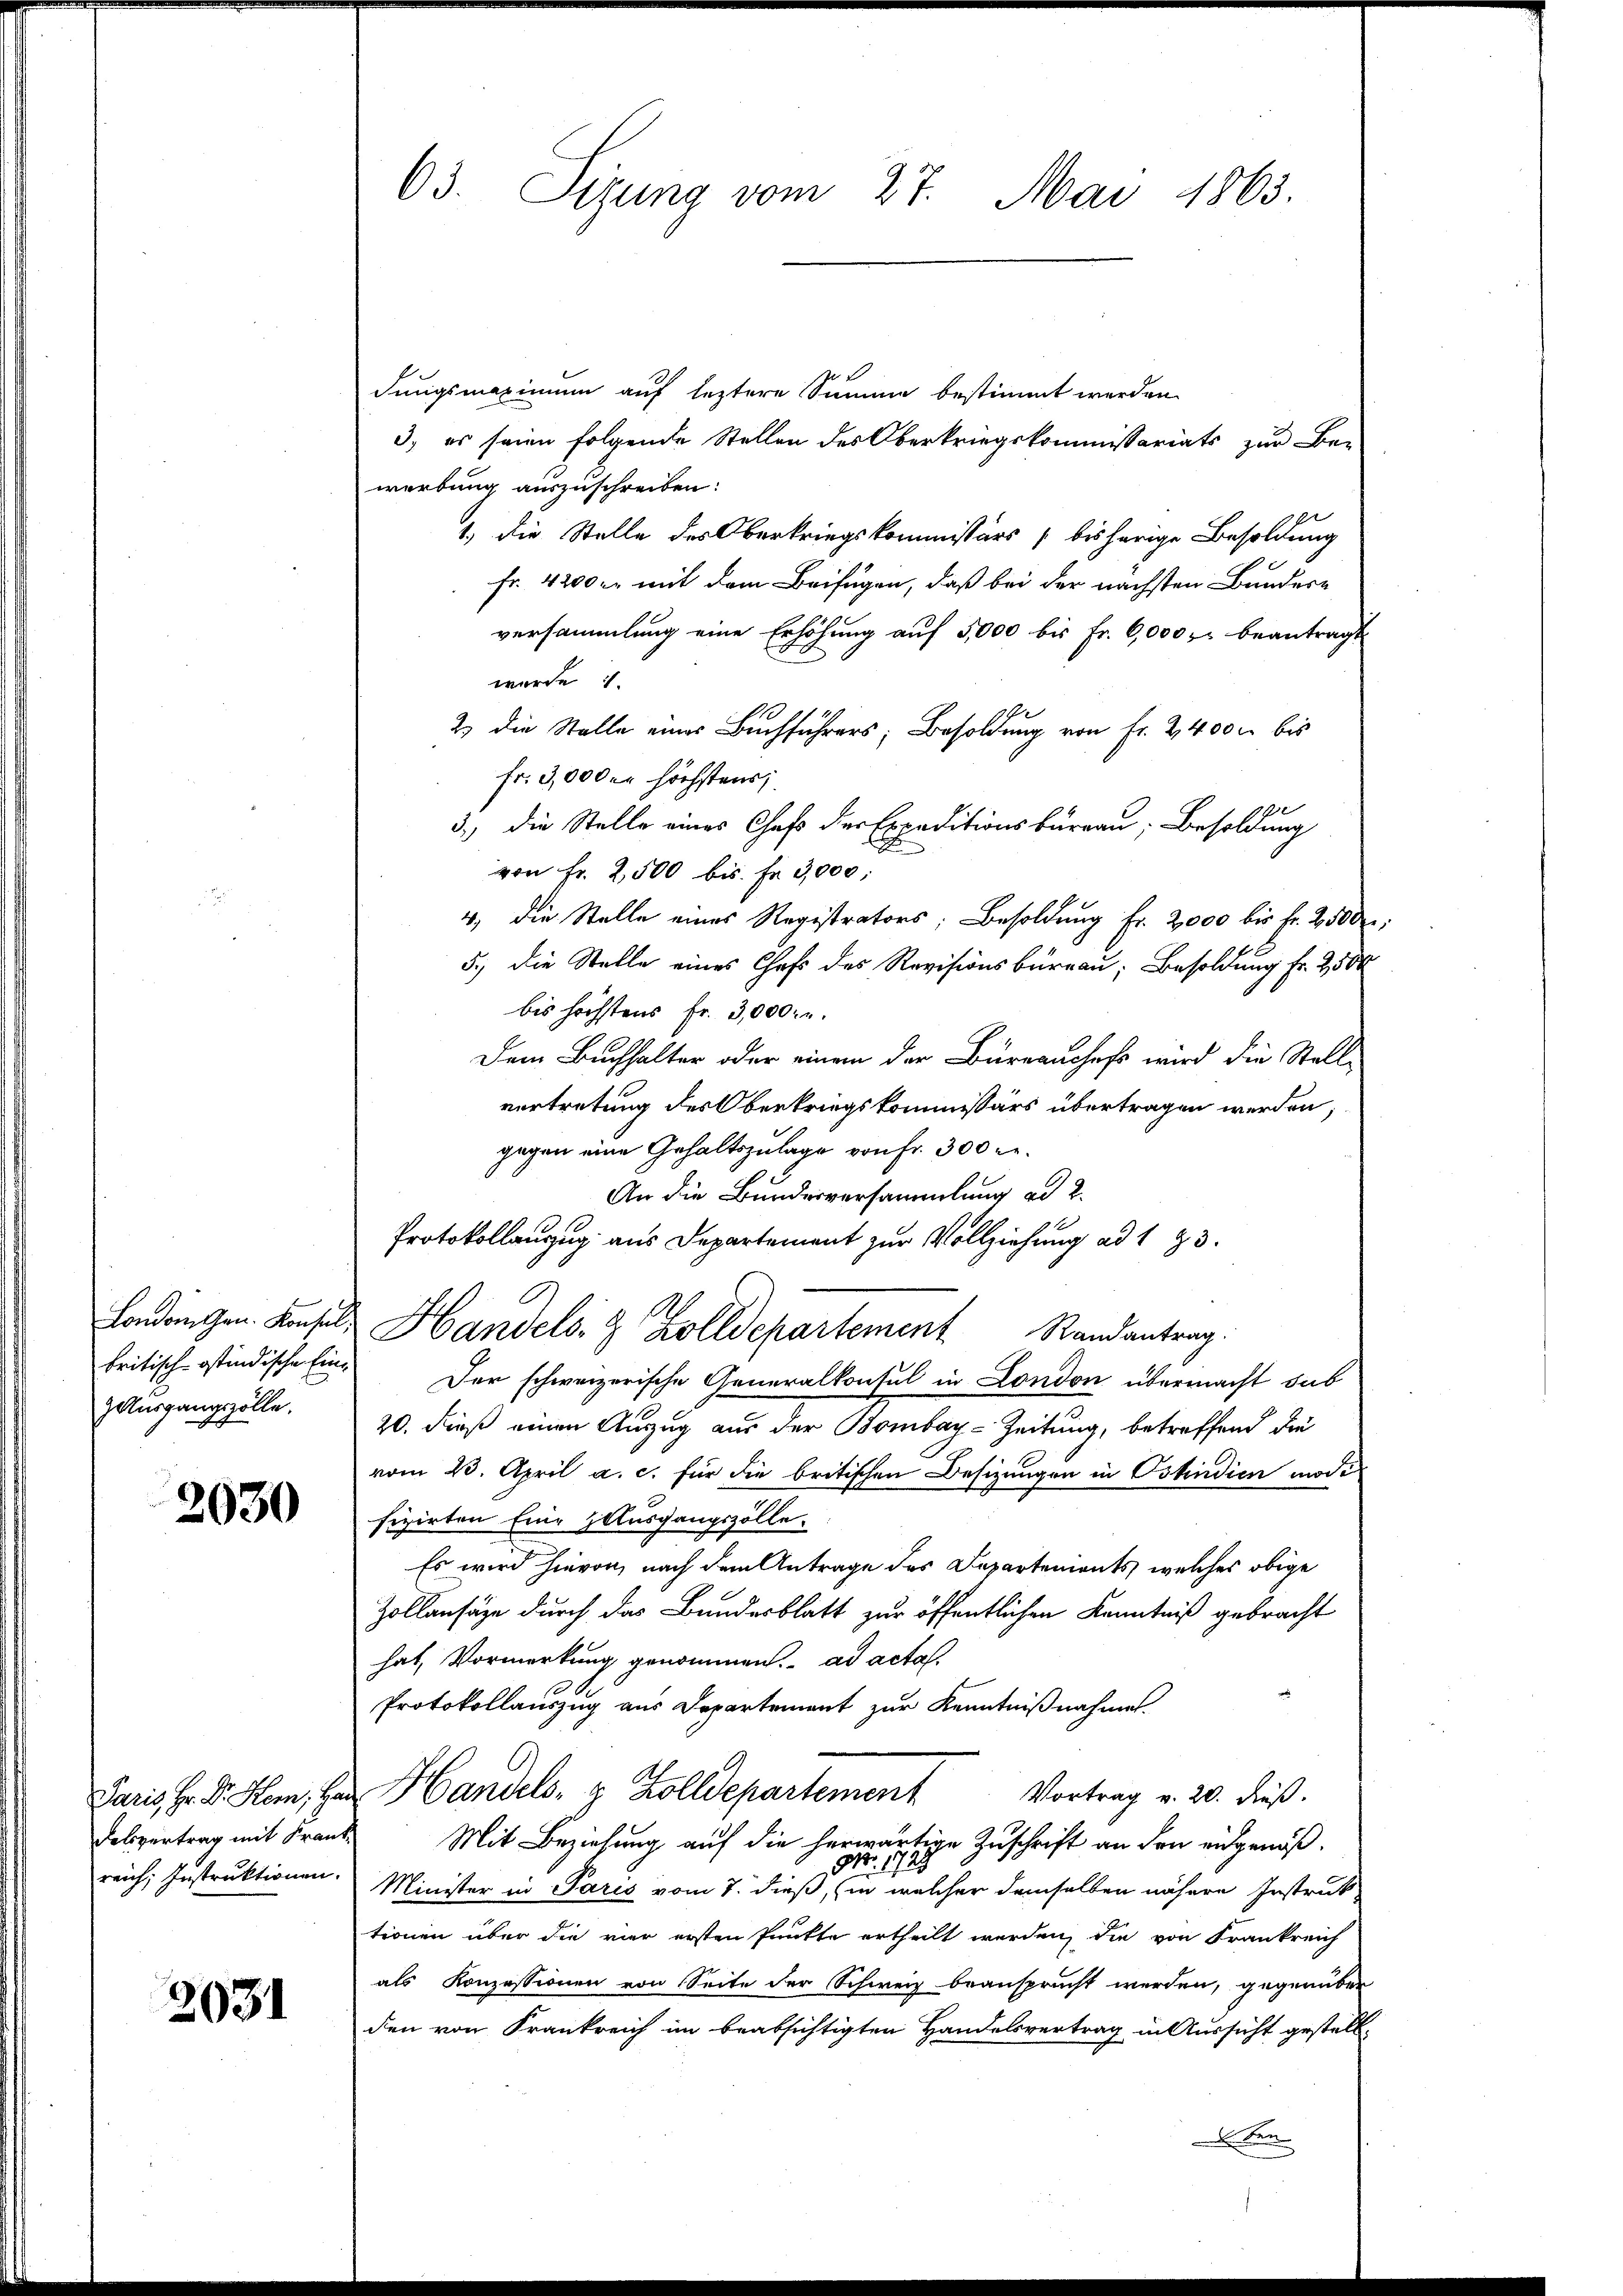
ZAusgangszölle.

2030

Felsvertrag mit Krank-

2031

63. Sizung vom 27. Mai 1863.

dungsmaximum auf leztere Summe bestimmt werden
3.) es seien folgende Stellen des Oberkriegskommissariats zur Be-
werbung auszuschreiben:
1.) Die Stelle des Oberkriegskommissärs bisherige Besoldung
Fr. 4200 r. mit dem Beifügen, daß bei der nächsten Bundere
versammlung eine Erhöhung auf 5,000 bis Fr. 6,000 fl beantragt
wurde 1
23 die Stelle eines Buchführers; Besoldung von fr. 24000 bis
fr. 3,000 er höchstens,
3.) Die Stelle eines Chef der Expeditionsbüreau, Besoldung
von fr. 2500 bis. Fr. 3,000;
4. die Stelle eines Registrators; Besoldung fr. 2,000 bis Fr. 2500
5., die Stelle eines Chefs des Revisionsbüreau, Besoldung Fr. 2500
bis höchstens fr. 3,000. r.
Dem Buchhalter oder einem der Büreauschaft wird die Stell-
vertretung des Oberkriegskommissärs übertragen werden,
gegen eine Gehaltszulage von Fr. 300 r.
An die Bundesversammlung ad 2.
Protokollauszug aus Departement zur Vollziehung ad 123.
London gen. Konsul Handels- & Zolldepartement Randantrag.
britisch-ostindische Ein- Der schweizerische Generalkonsul in London übermacht dab
20. dieß einen Auszug aus der Bombay-Zeitung, betreffend die
vom 23. April a. c. für die britischen Besizungen in Ostindien modi
fizirten Eine Ausgangszolle.
Es wird hievon, nach dem Antrage des Departements, welches obige
Zollansähe durch das Bundesblatt zur öffentlichen Kenntniß gebracht
hat, Vormerkung genommen. ad acta.

Protokollauszug aus Departement zur Kenntnißnahmen.
Paris, Hr. Dr. Hom, Herr Handels- & Zolldepartement Vortrag v. 20. dieß.
Mit Beziehung auf die herwärtige Zuschrift an den eidgenöß¬
No. 1729.
reich, Instruktionen. Minister in Paris vom 7. dieß, in welcher demselben nähere Instruck
tionen über die vier ersten Punkte ertheilt werden, die von Frankreich
als Konzessionen von Seite der Schweiz beansprucht werden, gegenüber
den von Frankreich im beabsichtigten Handelsvertrag in Aussicht gestell¬
Aben